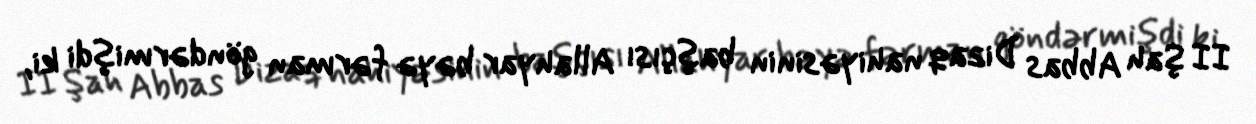
II Şah Abbas Dizaq nahiyəsinin başçısı Allahyar bəyə fərman göndərmişdi ki,